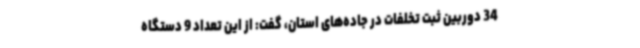
34 دوربین ثبت تخلفات در جاده‌های استان، گفت: از این تعداد 9 دستگاه